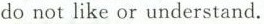
do not like or understand.